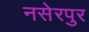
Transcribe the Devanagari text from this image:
नसेरपुर